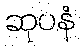
ဆုပနံ